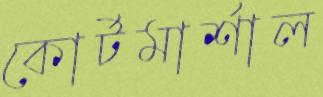
কোর্টমার্শাল